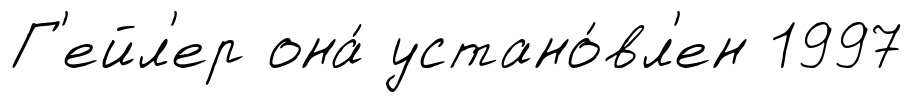
Г'ейл'ер она́ устано́вл'ен 1997